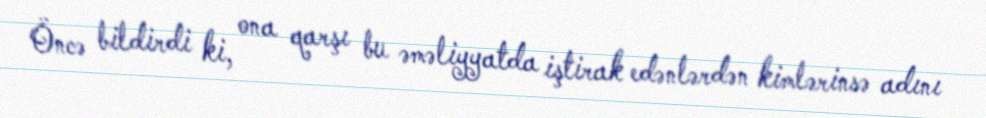
Öncə bildirdi ki, ona qarşı bu əməliyyatda iştirak edənlərdən kimlərinsə adını